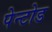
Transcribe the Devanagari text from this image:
पेन्टोड